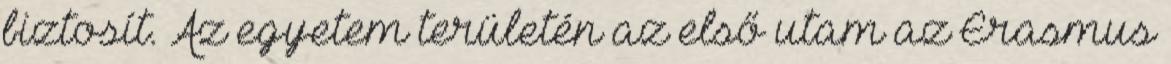
biztosít. Az egyetem területén az első utam az Erasmus